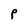
Character: P